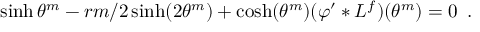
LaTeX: \sinh \theta ^ { m } - r m / 2 \sinh ( 2 \theta ^ { m } ) + \cosh ( \theta ^ { m } ) ( \varphi ^ { \prime } \ast L ^ { f } ) ( \theta ^ { m } ) = 0 \, \, \, .